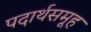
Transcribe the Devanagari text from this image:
पदार्थसमूह